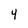
Character: 4